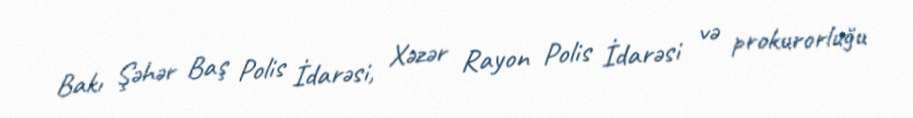
Bakı Şəhər Baş Polis İdarəsi, Xəzər Rayon Polis İdarəsi və prokurorluğu